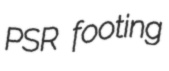
PSR footing